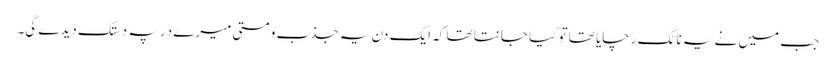
جب میں نے یہ ناٹک رچایا تھا تو کیا جانتا تھا کہ ایک دن یہ جذب و مستی میرے دَر پہ دستک دیدے گی۔